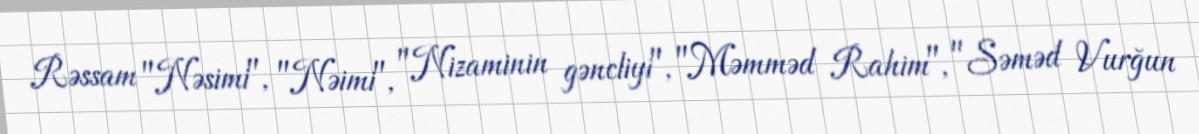
Rəssam "Nəsimi", "Nəimi", "Nizaminin gəncliyi", "Məmməd Rahim", "Səməd Vurğun